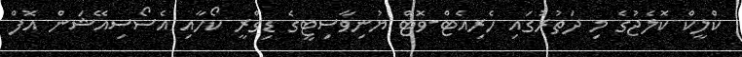
ކްލީކް ކޮލެޖުގެ މި ދަތުރުގައި ހެރިއެޓް-ވޮޓް ޔުނިވާސިޓީގެ ޑިގްރީ ކޯހާއި އެސޯސިއޭޝަން އޮފް